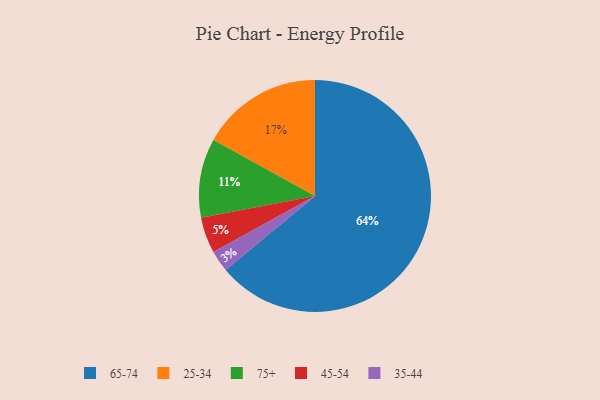
{"axis": {"x": "Category", "y": "Percentage"}, "legend": ["25-34", "35-44", "45-54", "65-74", "75+"], "data": [{"x": "35-44", "y": 3, "type": "35-44"}, {"x": "65-74", "y": 64, "type": "65-74"}, {"x": "45-54", "y": 5, "type": "45-54"}, {"x": "25-34", "y": 17, "type": "25-34"}, {"x": "75+", "y": 11, "type": "75+"}]}